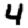
Digit: 4